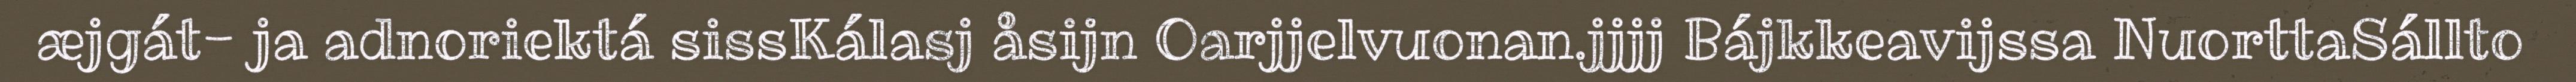
æjgát- ja adnoriektá sissKálasj åsijn Oarjjelvuonan.jjjj Bájkkeavijssa NuorttaSállto